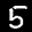
Label: 5